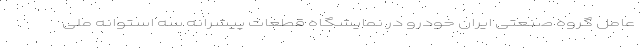
عامل گروه صنعتی ایران خودرو در نمایشگاه قطعات پیشرانه سه استوانه ملی